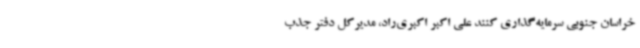
خراسان جنوبی سرمایه‌گذاری کنند علی اکبر اکبری‌راد، مدیرکل دفتر جذب